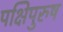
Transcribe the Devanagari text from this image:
पक्षिपुरुष